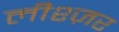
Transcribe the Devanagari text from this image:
लीश्ज़र